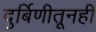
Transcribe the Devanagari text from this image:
दुर्बिणीतूनही